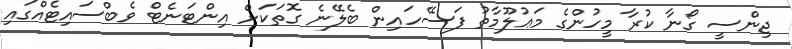
ޖިންސީ ގޯނާ ކުރާ މީހުންގެ މަޢުލޫމާތު ފަސޭހައިން ބެލޭނެ ގޮތަކަށް އިންޓަނެޓް ވެބްސައިޓެއްގައި